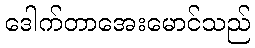
ဒေါက်တာအေးမောင်သည်